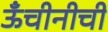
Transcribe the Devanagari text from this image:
ऊँचीनीची